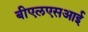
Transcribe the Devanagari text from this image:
बीएलएसआई